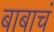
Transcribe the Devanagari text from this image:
बाबाचं